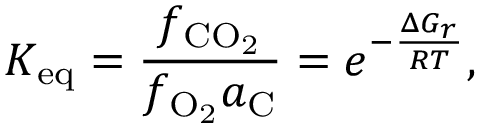
K _ { \mathrm { e q } } = \frac { f _ { \mathrm { C O _ { 2 } } } } { f _ { \mathrm { O _ { 2 } } } a _ { \mathrm { C } } } = e ^ { - \frac { \Delta G _ { r } } { { \cal R } T } } ,